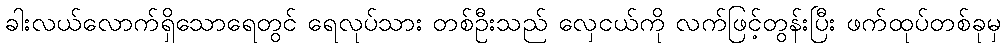
ခါးလယ်လောက်ရှိသောရေတွင် ရေလုပ်သား တစ်ဦးသည် လှေငယ်ကို လက်ဖြင့်တွန်းပြီး ဖက်ထုပ်တစ်ခုမှ